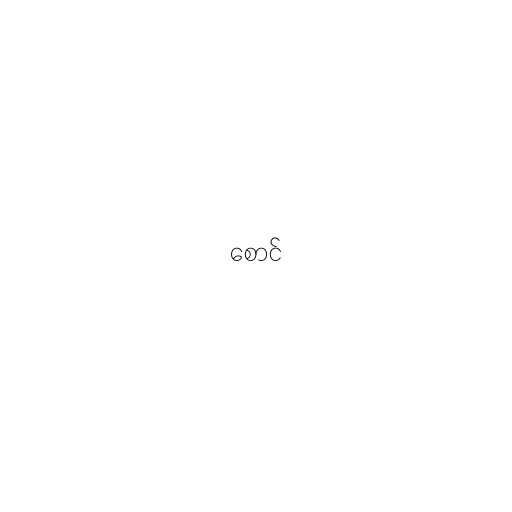
စောင်